Indian journal of veterinary science and animal husbandry - Volume 4,
Year: 1934
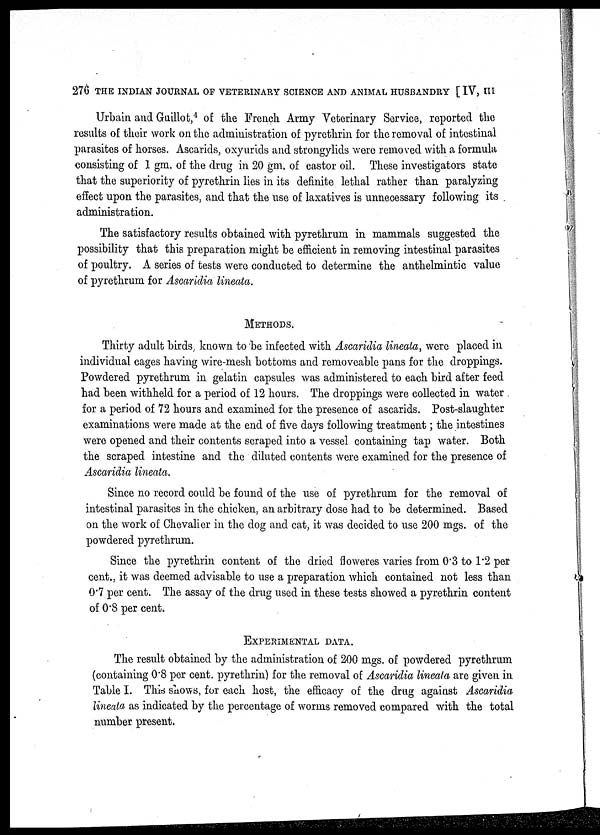
276 THE INDIAN JOURNAL OF VETERINARY SCIENCE AND ANIMAL HUSBANDRY [ IV, III
Urbain and Guillot, 4 of the French Army Veterinary Service, reported the
results of their work on the administration of pyrethrin for the removal of intestinal
parasites of horses. Ascarids, oxyurids and strongylids were removed with a formula
consisting of 1 gm. of the drug in 20 gm. of castor oil. These investigators state
that the superiority of pyrethrin lies in its definite lethal rather than paralyzing
effect upon the parasites, and that the use of laxatives is unnecessary following its
administration.
The satisfactory results obtained with pyrethrum in mammals suggested the
possibility that this preparation might be efficient in removing intestinal parasites
of poultry. A series of tests were conducted to determine the anthelmintic value
of pyrethrum for Ascaridia lineata.
METHODS.
Thirty adult birds, known to be infected with Ascaridia lineata, were placed in
individual cages having wire-mesh bottoms and removeable pans for the droppings.
Powdered pyrethrum in gelatin capsules was administered to each bird after feed
had been withheld for a period of 12 hours. The droppings were collected in water
for a period of 72 hours and examined for the presence of ascarids. Post-slaughter
examinations were made at the end of five days following treatment; the intestines
were opened and their contents scraped into a vessel containing tap water. Both
the scraped intestine and the diluted contents were examined for the presence of
Ascaridia lineata.
Since no record could be found of the use of pyrethrum for the removal of
intestinal parasites in the chicken, an arbitrary dose had to be determined. Based
on the work of Chevalier in the dog and cat, it was decided to use 200 mgs. of the
powdered pyrethrum.
Since the pyrethrin content of the dried floweres varies from 0.3 to 1.2 per
cent., it was deemed advisable to use a preparation which contained not less than
0.7 per cent. The assay of the drug used in these tests showed a pyrethrin content
of 0.8 per cent.
EXPERIMENTAL DATA.
The result obtained by the administration of 200 mgs. of powdered pyrethrum
(containing 0.8 per cent. pyrethrin) for the removal of Ascaridia lineata are given in
Table I. This shows, for each host, the efficacy of the drug against Ascaridia
lineata as indicated by the percentage of worms removed compared with the total
number present.